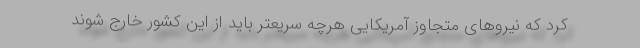
کرد که نیروهای متجاوز آمریکایی هرچه سریعتر باید از این کشور خارج شوند